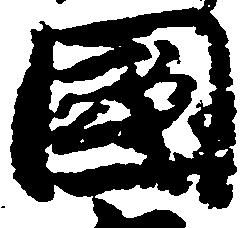
国